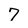
Character: 7